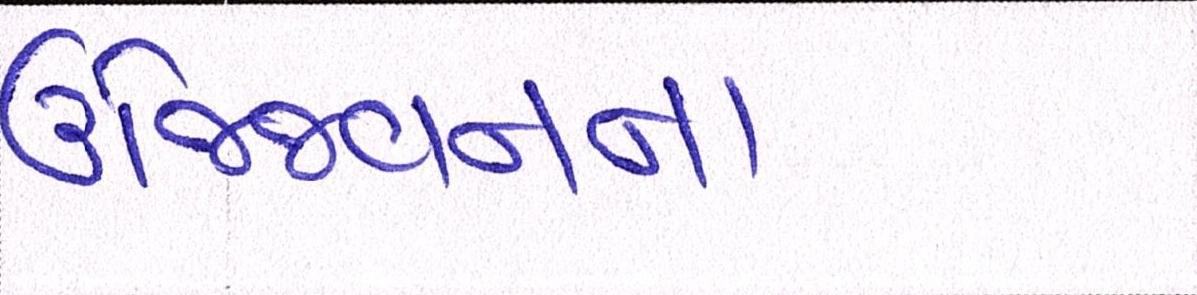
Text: ઉજ્જિવનના